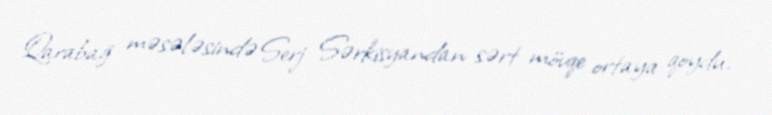
Qarabağ məsələsində Serj Sərkisyandan sərt mövqe ortaya qoydu.